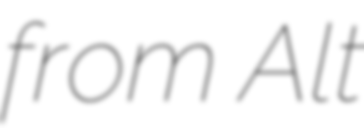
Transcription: from Alt